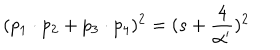
( p _ { 1 } \cdot p _ { 2 } + p _ { 3 } \cdot p _ { 4 } ) ^ { 2 } = ( s + \frac { 4 } { \alpha ^ { \prime } } ) ^ { 2 }